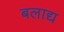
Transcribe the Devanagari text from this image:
बलाद्य